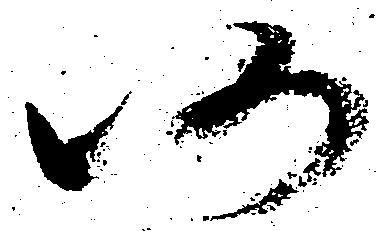
仍